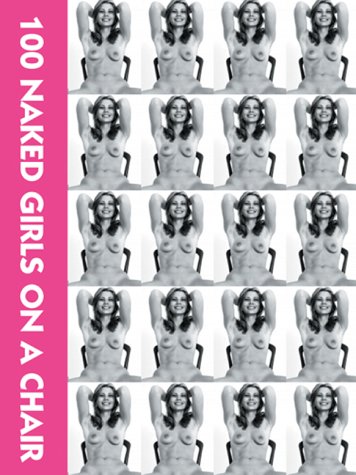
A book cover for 100 Naked Girls on a Chair (German, English and French Edition); Ralf Vulis; Arts & Photography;